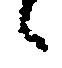
候